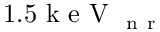
1 . 5 \mathrm { ~ k ~ e ~ V ~ } _ { \mathrm { ~ n ~ r ~ } }